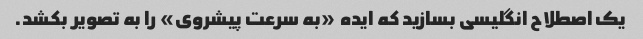
یک اصطلاح انگلیسی بسازید که ایده «به سرعت پیشروی» را به تصویر بکشد.